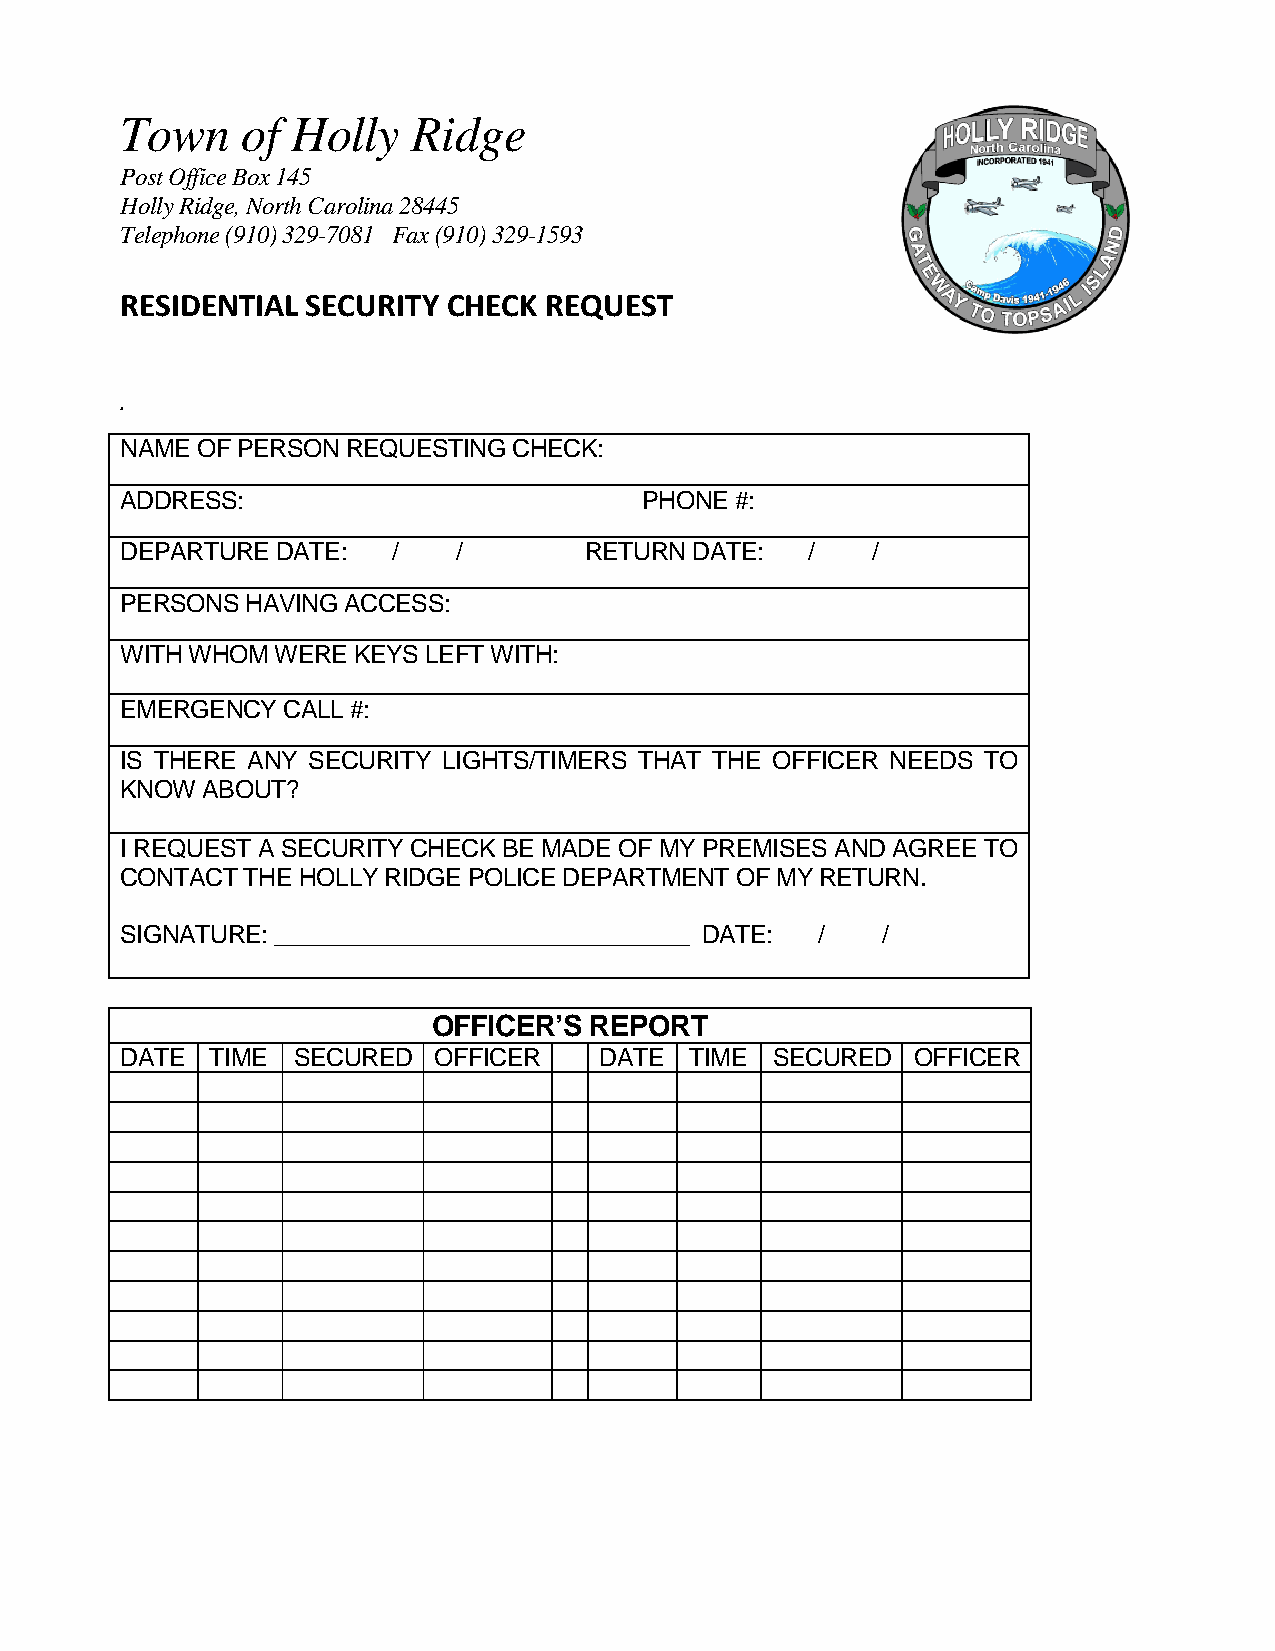
Town    of Holly   Ridge
 Post Office Box 145
 Holly Ridge, North Carolina 28445
 Telephone (910) 329-7081 Fax (910) 329-1593
 RESIDENTIAL SECURITY  CHECK REQUEST
 .
 NAME OF PERSON REQUESTING CHECK:
 ADDRESS:                           PHONE #:
 DEPARTURE DATE:   /   /        RETURN DATE:   /   /
 PERSONS HAVING ACCESS:
 WITH WHOM WERE KEYS LEFT WITH:
 EMERGENCY  CALL #:
 IS THERE ANY SECURITY LIGHTS/TIMERS THAT THE OFFICER NEEDS TO
 KNOW ABOUT?
 I REQUEST A SECURITY CHECK BE MADE OF MY PREMISES AND AGREE TO
 CONTACT THE HOLLY RIDGE POLICE DEPARTMENT OF MY RETURN.
 SIGNATURE: _______________________________ DATE: / /
 OFFICER’S REPORT
 DATE  TIME SECURED   OFFICER    DATE  TIME SECURED  OFFICER